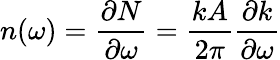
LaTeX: n(\omega)=\frac{\partial N}{\partial\omega}=\frac{kA}{2\pi}\frac{\partial k}{\partial\omega}